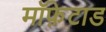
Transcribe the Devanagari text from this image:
मॉफ़ेटाड